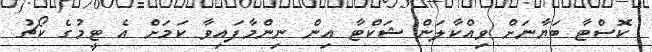
ކޮސްޓާ ބަޔާނަށް ވިއްކާލަން ޝަކްޓާ އިން ނިންމާފައިވާ ކަމަށް އެ ޓީމުގެ ކޯޗު